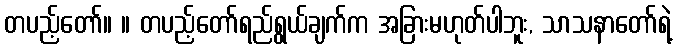
တပည့်တော်။ ။ တပည့်တော်ရည်ရွယ်ချက်က အခြားမဟုတ်ပါဘူး, သာသနာတော်ရဲ့